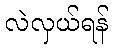
လဲလှယ်ရန်